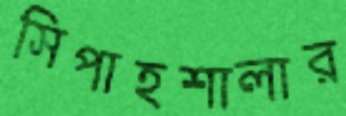
সিপাহশালার